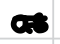
Text: as
Cross-out: double-line
Writing tool: digital_black